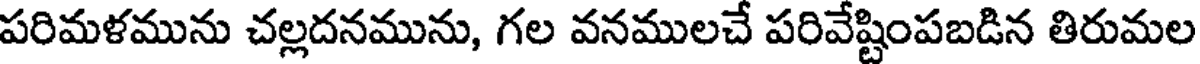
పరిమళమును చల్లదనమును, గల వనములచే పరివేష్టింపబడిన తిరుమల